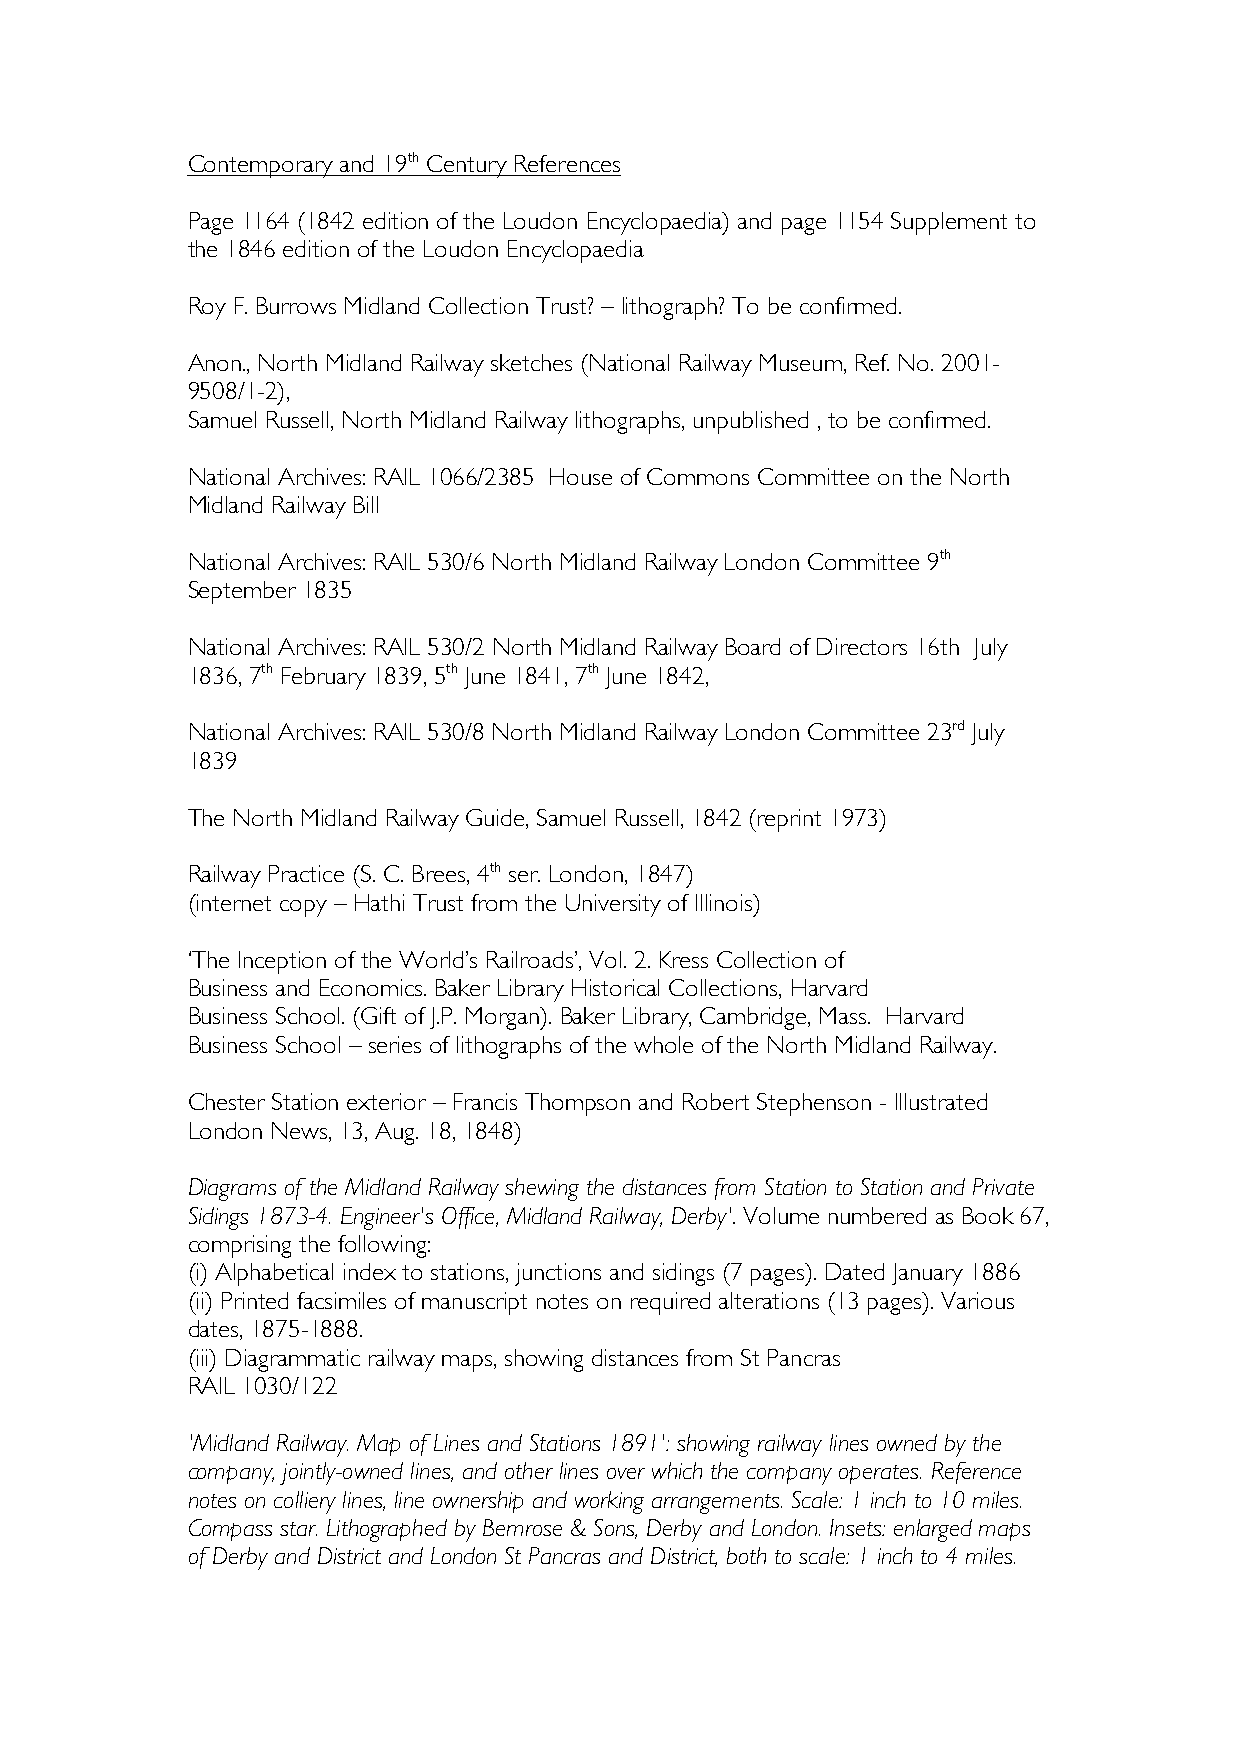
Contemporary and 19th Century References
 Page 1164 (1842 edition of the Loudon Encyclopaedia) and page 1154 Supplement to
 the 1846 edition of the Loudon Encyclopaedia
 Roy F. Burrows Midland Collection Trust? – lithograph? To be confirmed.
 Anon., North Midland Railway sketches (National Railway Museum, Ref. No. 2001-
 9508/1-2),
 Samuel Russell, North Midland Railway lithographs, unpublished , to be confirmed.
 National Archives: RAIL 1066/2385 House of Commons Committee on the North
 Midland Railway Bill
 National Archives: RAIL 530/6 North Midland Railway London Committee 9th
 September 1835
 National Archives: RAIL 530/2 North Midland Railway Board of Directors 16th July
 1836, 7th February 1839, 5th June 1841, 7th June 1842,
 National Archives: RAIL 530/8 North Midland Railway London Committee 23rd July
 1839
 The North Midland Railway Guide, Samuel Russell, 1842 (reprint 1973)
 Railway Practice (S. C. Brees, 4th ser. London, 1847)
 (internet copy – Hathi Trust from the University of Illinois)
 ‘The Inception of the World’s Railroads’, Vol. 2. Kress Collection of
 Business and Economics. Baker Library Historical Collections, Harvard
 Business School. (Gift of J.P. Morgan). Baker Library, Cambridge, Mass. Harvard
 Business School – series of lithographs of the whole of the North Midland Railway.
 Chester Station exterior – Francis Thompson and Robert Stephenson - Illustrated
 London News, 13, Aug. 18, 1848)
 Diagrams of the Midland Railway shewing the distances from Station to Station and Private
 Sidings 1873-4. Engineer's Office, Midland Railway, Derby'. Volume numbered as Book 67,
 comprising the following:
 (i) Alphabetical index to stations, junctions and sidings (7 pages). Dated January 1886
 (ii) Printed facsimiles of manuscript notes on required alterations (13 pages). Various
 dates, 1875-1888.
 (iii) Diagrammatic railway maps, showing distances from St Pancras
 RAIL 1030/122
 'Midland Railway. Map of Lines and Stations 1891': showing railway lines owned by the
 company, jointly-owned lines, and other lines over which the company operates. Reference
 notes on colliery lines, line ownership and working arrangements. Scale: 1 inch to 10 miles.
 Compass star. Lithographed by Bemrose & Sons, Derby and London. Insets: enlarged maps
 of Derby and District and London St Pancras and District, both to scale: 1 inch to 4 miles.